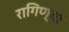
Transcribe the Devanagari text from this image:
रागिण्या